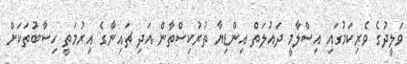
ވަލީދުގެ ވެރިކަމުގައި އިސްލާމީ ދައުލަތް އިންޑިޔާ ތުރުކިސްތާން އަދި ޗައިނާގެ އިރުމަތީ ހިސާބުތަކަށް